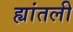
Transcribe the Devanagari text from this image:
ह्यांतली